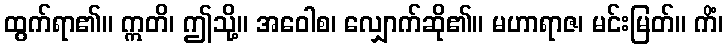
ထွက်ရာ၏။ ဣတိ၊ ဤသို့။ အဝေါစ၊ လျှောက်ဆို၏။ မဟာရာဇ၊ မင်းမြတ်။ ကိံ၊